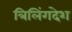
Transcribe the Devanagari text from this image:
त्रिलिंगदेश